Investigations on Bengal jail dietaries - Number 37
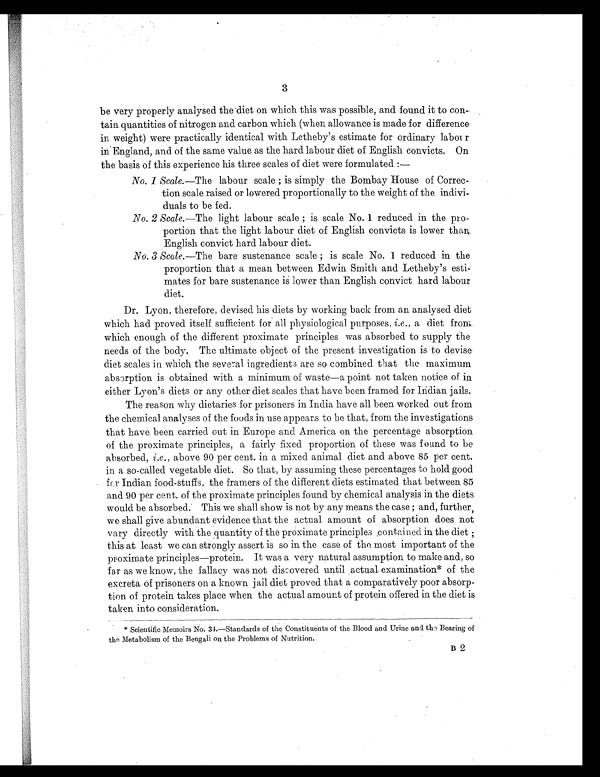
3
be very properly analysed the diet on which this was possible, and found it to con-
tain quantities of nitrogen and carbon which (when allowance is made for difference
in weight) were practically identical with Letheby's estimate for ordinary labour
in England, and of the same value as the hard labour diet of English convicts. On
the basis of this experience his three scales of diet were formulated : —
No. 1 Scale.—The labour scale ; is simply the Bombay House of Correc-
tion scale raised or lowered proportionally to the weight of the indivi-
duals to be fed.
No. 2 Scale.—The light labour scale ; is scale No. 1 reduced in the pro-
portion that the light labour diet of English convicts is lower than
English convict hard labour diet.
No. 3 Scale. —The bare sustenance scale ; is scale No. 1 reduced in the
proportion that a mean between Edwin Smith and Letheby's esti-
mates for bare sustenance is lower than English convict hard labour
diet.
Dr. Lyon, therefore, devised his diets by working back from an analysed diet
which had proved itself sufficient for all physiological purposes, i.e., a diet from
which enough of the different proximate principles was absorbed to supply the
needs of the body. The ultimate object of the present investigation is to devise
diet scales in which the several ingredients are so combined that the maximum
absorption is obtained with a minimum of waste—a point not taken notice of in
either Lyon's diets or any other diet scales that have been framed for Indian jails.
The reason why dietaries for prisoners in India have all been worked out from
the chemical analyses of the foods in use appears to be that, from the investigations
that have been carried out in Europe and America on the percentage absorption
of the proximate principles, a fairly fixed proportion of these was found to be
absorbed, i.e., above 90 per cent. in a mixed animal diet and above 85 per cent.
in a so-called vegetable diet. So that, by assuming these percentages to hold good
for Indian food-stuffs, the framers of the different diets estimated that between 85
and 90 per cent. of the proximate principles found by chemical analysis in the diets
would be absorbed. This we shall show is not by any means the case ; and, further,
we shall give abundant evidence that the actual amount of absorption does not
vary directly with the quantity of the proximate principles contained in the diet ;
this at least we can strongly assert is so in the case of most important of the
proximate principles—protein. It was a very natural assumption to make and, so
far as we know, the fallacy was not discovered until actual examination* of the
excreta of prisoners on a known jail diet proved that a comparatively poor absorp-
tion of protein takes place when the actual amount of protein offered in the diet is
taken into consideration.
* Scientific Memoirs No. 34—Standards of the Constituents of the Blood and Urine and the Bearing of
the Metabolism of the Bengali on the Problems of Nutrition.
B 2